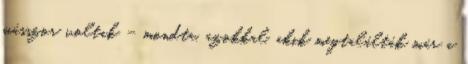
másszor voltak – mondta, azokkal, akik megtalálták már a